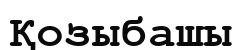
Қозыбашы